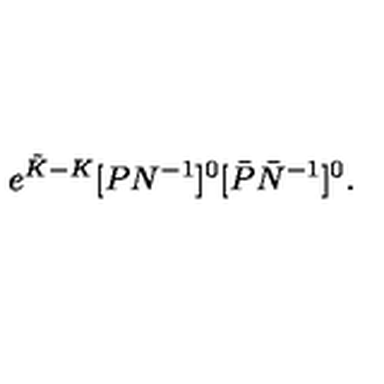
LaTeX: e ^ { { \tilde { K } } - K } [ P N ^ { - 1 } ] ^ { 0 } [ \bar { P } \bar { N } ^ { - 1 } ] ^ { 0 } .